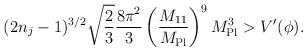
LaTeX: \begin{align*}(2 n_j -1)^{3/2} \sqrt{\frac{2}{3}} \frac{8\pi^2}{3} \left(\frac{M_{11}}{M_{\rm Pl}} \right)^9 M_{\rm Pl}^3 > V'(\phi).\end{align*}